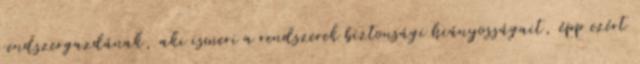
rendszergazdának, aki ismeri a rendszerek biztonsági hiányosságait, épp ezért